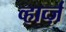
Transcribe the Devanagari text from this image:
व्हार्व्ज़